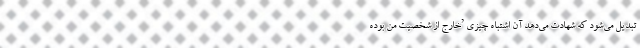
تبدیل می‌شود که شهادت می‌دهد آن اشتباه چیزی ’خارج از شخصیت من بوده